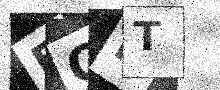
Text: ECPT